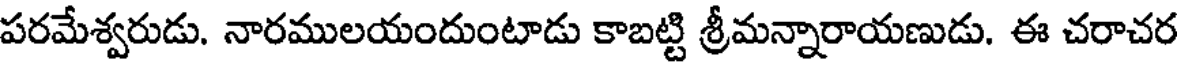
పరమేశ్వరుడు. నారములయందుంటాడు కాబట్టి శ్రీమన్నారాయణుడు. ఈ చరాచర